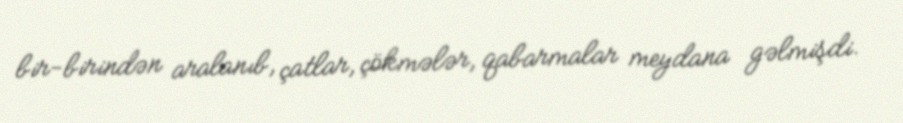
bir-birindən aralanıb, çatlar, çökmələr, qabarmalar meydana gəlmişdi.